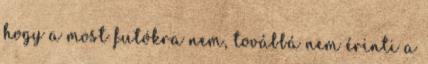
hogy a most futókra nem, továbbá nem érinti a